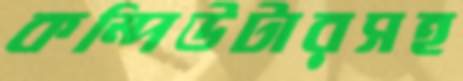
কম্পিউটারসহ